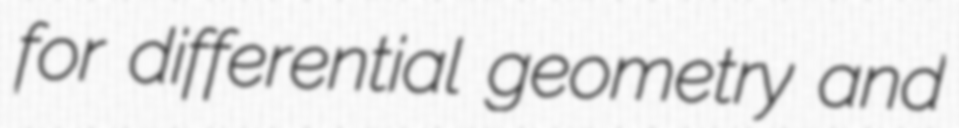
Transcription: for differential geometry and